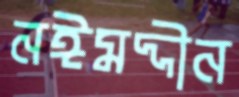
নঈমদ্দীন